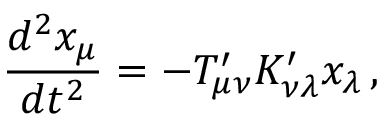
{ \frac { d ^ { 2 } x _ { \mu } } { d t ^ { 2 } } } = - T _ { \mu \nu } ^ { \prime } K _ { \nu \lambda } ^ { \prime } x _ { \lambda } \, ,